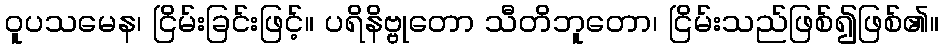
ဝူပသမေန၊ ငြိမ်းခြင်းဖြင့်။ ပရိနိဗ္ဗုတော သီတိဘူတော၊ ငြိမ်းသည်ဖြစ်၍ဖြစ်၏။